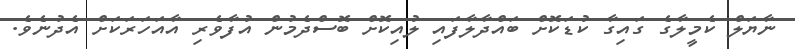
ނާޔަލް ކެމީލާގެ ގައިގާ ކުޑަކޮށް ބައްދާލާފައި ލުއިކޮށް ބޮސްދެމުން އުފާވެރި އާއަހަރަކަށް އެދުނެވެ.